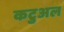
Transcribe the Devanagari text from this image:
कटुअल